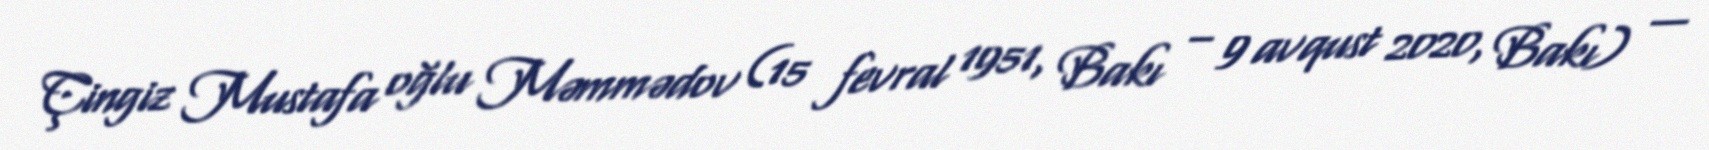
Çingiz Mustafa oğlu Məmmədov (15 fevral 1951, Bakı – 9 avqust 2020, Bakı) —